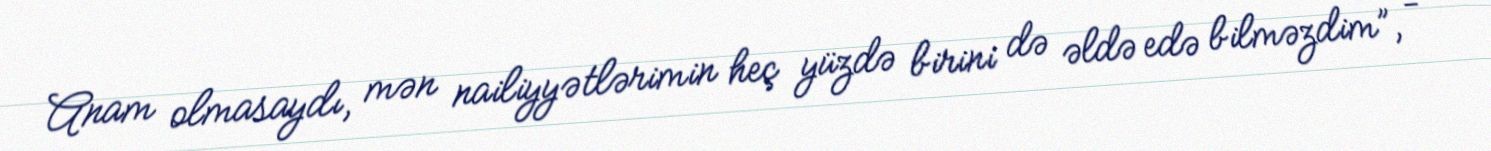
Anam olmasaydı, mən nailiyyətlərimin heç yüzdə birini də əldə edə bilməzdim”, -